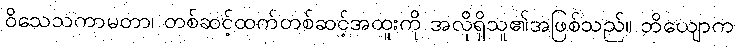
ဝိသေသကာမတာ၊ တစ်ဆင့်ထက်တစ်ဆင့်အထူးကို အလိုရှိသူ၏အဖြစ်သည်။ ဘိယျောက